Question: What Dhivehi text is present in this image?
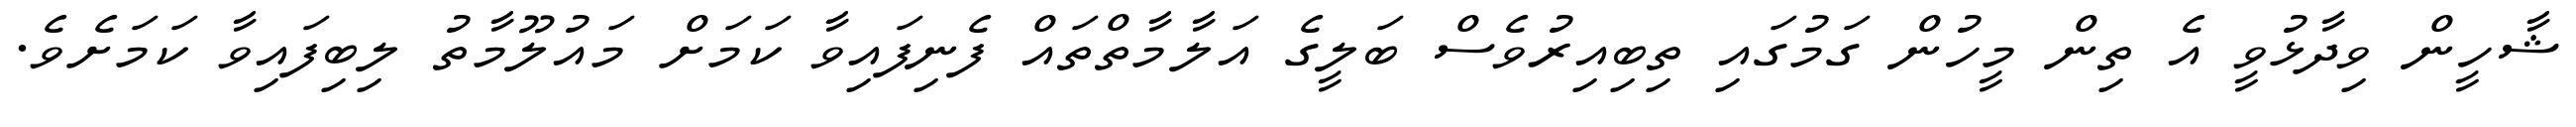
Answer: ޝާހީން ވިދާޅުވީ އެ ތިން މީހުން ގަމުގައި ތިބިއިރުވެސް ބަލީގެ އަލާމާތްތައް ފެނިފައިވާ ކަމަށް މައުލޫމާތު ލިބިފައިވާ ކަމަށެވެ.